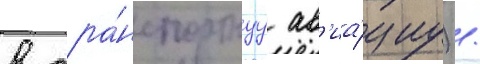
в тра́нспортнуу ав'иа́циу) /